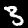
Digit: 3